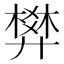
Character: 𰐌